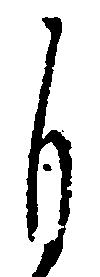
自